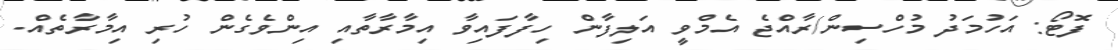
ފޮޓޯ: އަހުމަދު މުހްސިން/ރާއްޖެ އެމްވީ އަލިފާން ހިފާފައިވާ އިމާރާތާއި އިންވެގެން ހުރި އިމާރާތެއް.